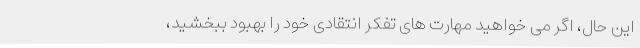
این حال، اگر می خواهید مهارت های تفکر انتقادی خود را بهبود ببخشید،